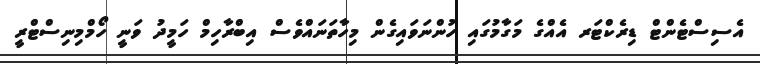
އެސިސްޓެންޓް ޑިރެކްޓަރ އެއްގެ މަގާމުގައި ހުންނަވައިގެން މިހާތަނައްވެސް އިބްރާހިމް ހަމީދު ވަނީ ހޯމްމިނިސްޓްރީ